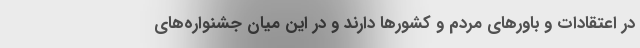
در اعتقادات و باورهاي مردم و كشورها دارند و در اين ميان جشنواره‌های